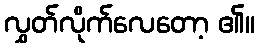
လွှတ်လိုက်လေတော့ ၏။